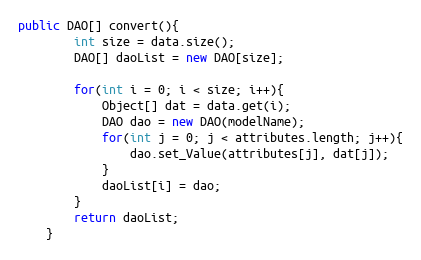
Language: Java
public DAO[] convert(){
		int size = data.size();
		DAO[] daoList = new DAO[size];

		for(int i = 0; i < size; i++){
			Object[] dat = data.get(i);
			DAO dao = new DAO(modelName);
			for(int j = 0; j < attributes.length; j++){
				dao.set_Value(attributes[j], dat[j]);
			}
			daoList[i] = dao;
		}
		return daoList;
	}